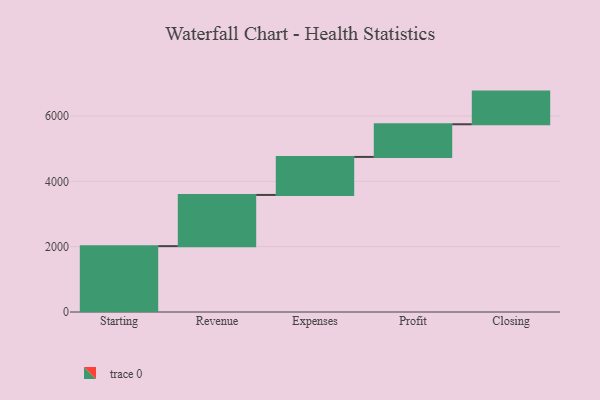
{"axis": {"x": "Step", "y": "Value"}, "legend": [""], "data": [{"x": "Starting", "y": 2016.0, "type": ""}, {"x": "Revenue", "y": 1568.0, "type": ""}, {"x": "Expenses", "y": 1164.0, "type": ""}, {"x": "Profit", "y": 1000, "type": ""}, {"x": "Closing", "y": 1000, "type": ""}]}